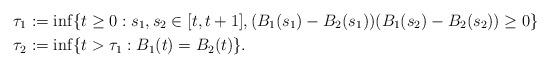
LaTeX: \begin{align*}\tau_1 & := \inf\{ t \geq 0: s_1, s_2\in [t, t+1], (B_1(s_1) - B_2(s_1))(B_1(s_2) - B_2(s_2)) \geq 0 \} \\\tau_2 & := \inf\{ t > \tau_1 : B_1(t) = B_2(t)\}. \end{align*}